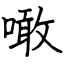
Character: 噉